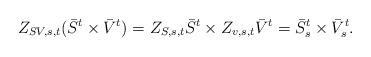
LaTeX: \begin{align*}Z_{SV,s,t}(\bar{S}^{t}\times\bar{V}^{t})=Z_{S,s,t} \bar{S}^{t} \times Z_{v,s,t}\bar{V}^{t}=\bar{S}^{t}_{s}\times\bar{V}^{t}_{s}.\end{align*}